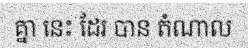
គ្នា នេះ ដែរ បាន តំណាល